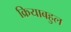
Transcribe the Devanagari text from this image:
क्रियाबहुल